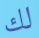
لك